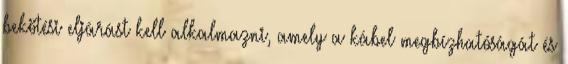
bekötési eljárást kell alkalmazni, amely a kábel megbízhatóságát és